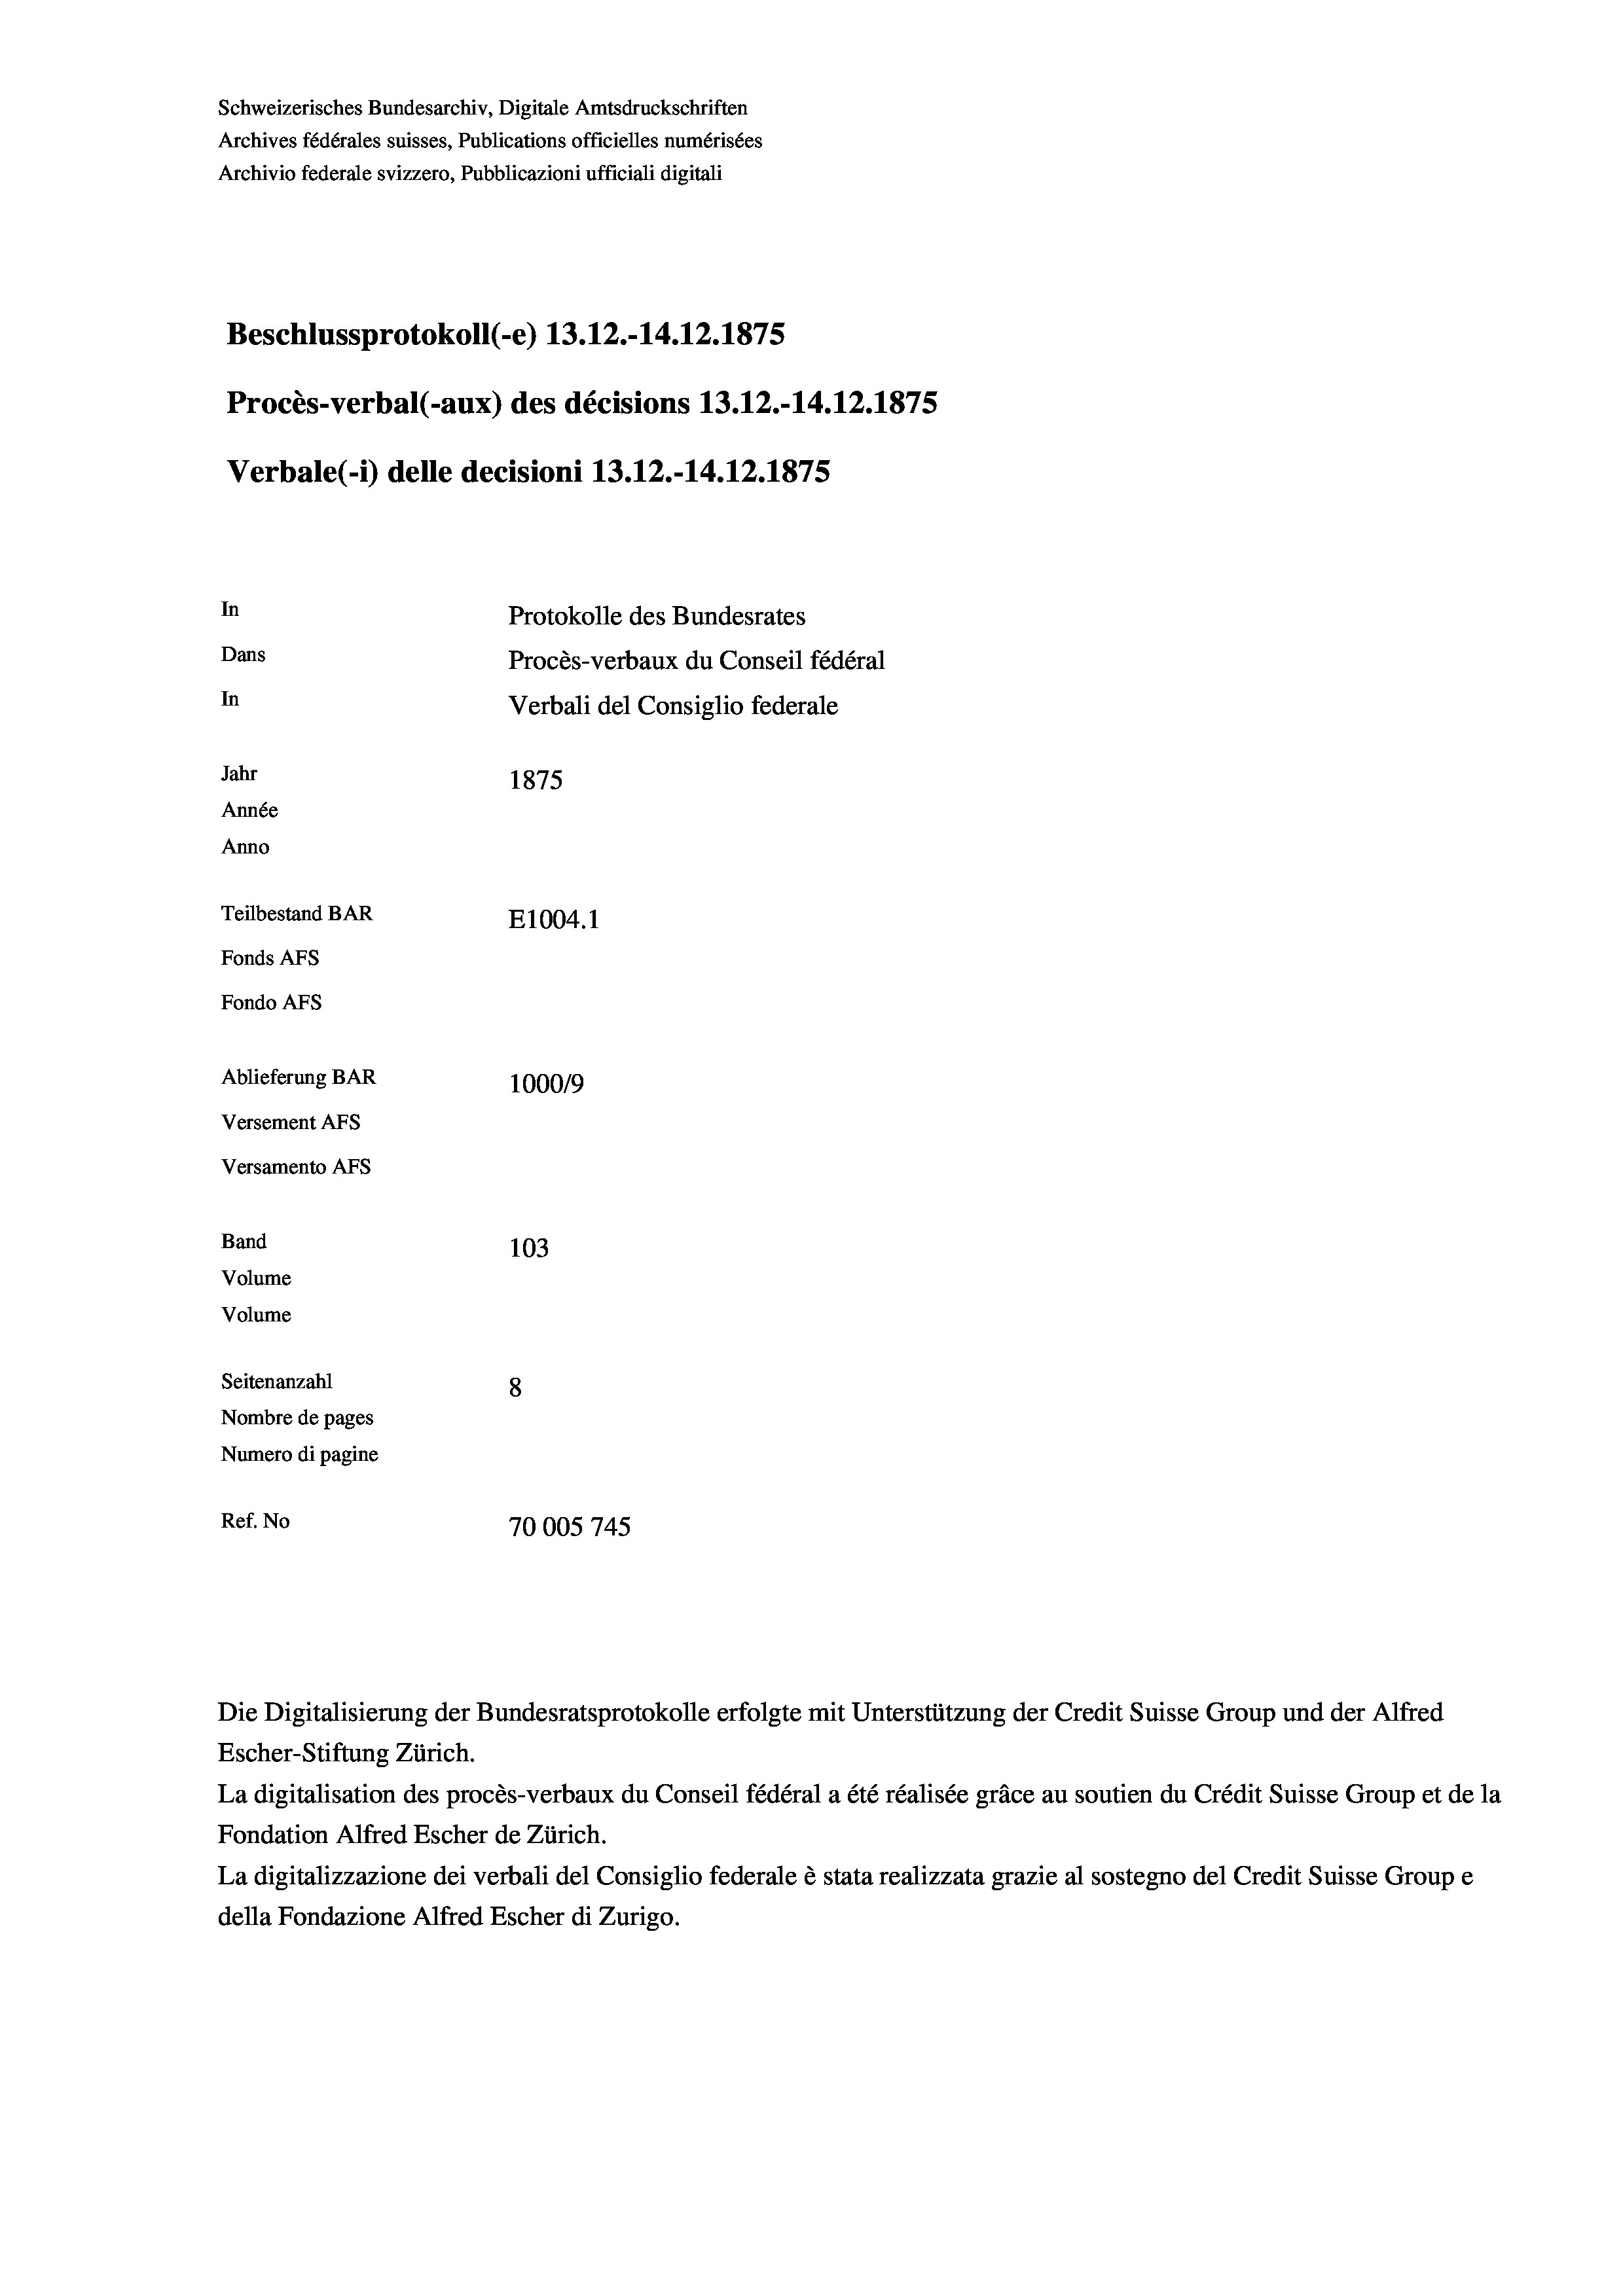
Schweizerisches Bundesarchiv, Digitale Amtsdruckschriften
Archives fédérales suisses, Publications officielles numérisées
Archivio federale svizzero, Pubblicazioni ufficiali digitali
Beschlussprotokoll (-e) 13.12.-14.12.1875
Procès-verbal (-aux) des décisions 13.12.-14.12.1875
Verbale(-*) delle decisioni 13.12.-14.12.1875
In
Protokolle des Bundesrates
Dans
Procès-verbaux du Conseil fédéral
In
Verbali del Consiglio federale
Jahr
1875
Année
Anno
Teilbestand BAR
E1004. 1
Fonds AFs
Fondo AFS
Ablieferung BAR
100019
Versement AFs
Versamento Afs
Band
103

Seitenanzahl
8
Nombre de pages
Numero di pagine
Ref. No
70005745

Volume
Volume

Die Digitalisierung der Bundesratsprotokolle erfolgte mit Unterstützung der Credit Suisse Group und der Alfred

Escher-Stiftung Zürich.
La digitalisation des procès-verbaux du Conseil fédéral a été réalisée gräce au soutien du Crédit Suisse Group et de la
Fondation Alfred Escher de Zürich.
La digitalizzazione dei verbali del Consiglio federale è stata realizzata grazie al sostegno del Credit Suisse Groupe
della Fondazione Alfred Escher di Zurigo.